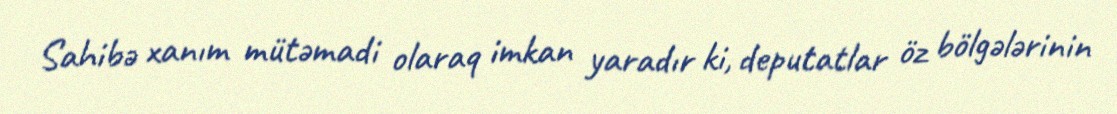
Sahibə xanım mütəmadi olaraq imkan yaradır ki, deputatlar öz bölgələrinin